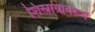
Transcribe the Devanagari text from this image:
शिस्नाग्रावरून